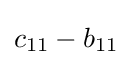
c_{11}-b_{11}